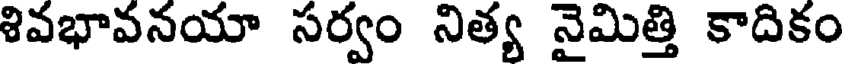
శివభావనయా సర్వం నిత్య నైమిత్తి కాదికం